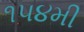
૧૫૪મી